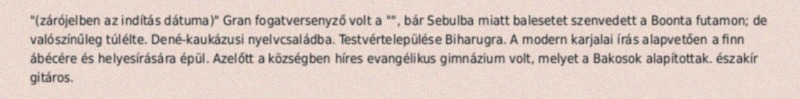
"(zárójelben az indítás dátuma)" Gran fogatversenyző volt a "", bár Sebulba miatt balesetet szenvedett a Boonta futamon; de valószínűleg túlélte. Dené-kaukázusi nyelvcsaládba. Testvértelepülése Biharugra. A modern karjalai írás alapvetően a finn ábécére és helyesírására épül. Azelőtt a községben híres evangélikus gimnázium volt, melyet a Bakosok alapítottak. északír gitáros.